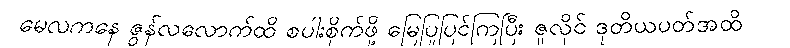
မေလကနေ ဇွန်လလောက်ထိ စပါးစိုက်ဖို့ မြေပြုပြင်ကြပြီး ဇူလိုင် ဒုတိယပတ်အထိ